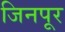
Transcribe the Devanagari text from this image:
जिनपूर